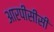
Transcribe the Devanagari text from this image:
आरपीसीसी